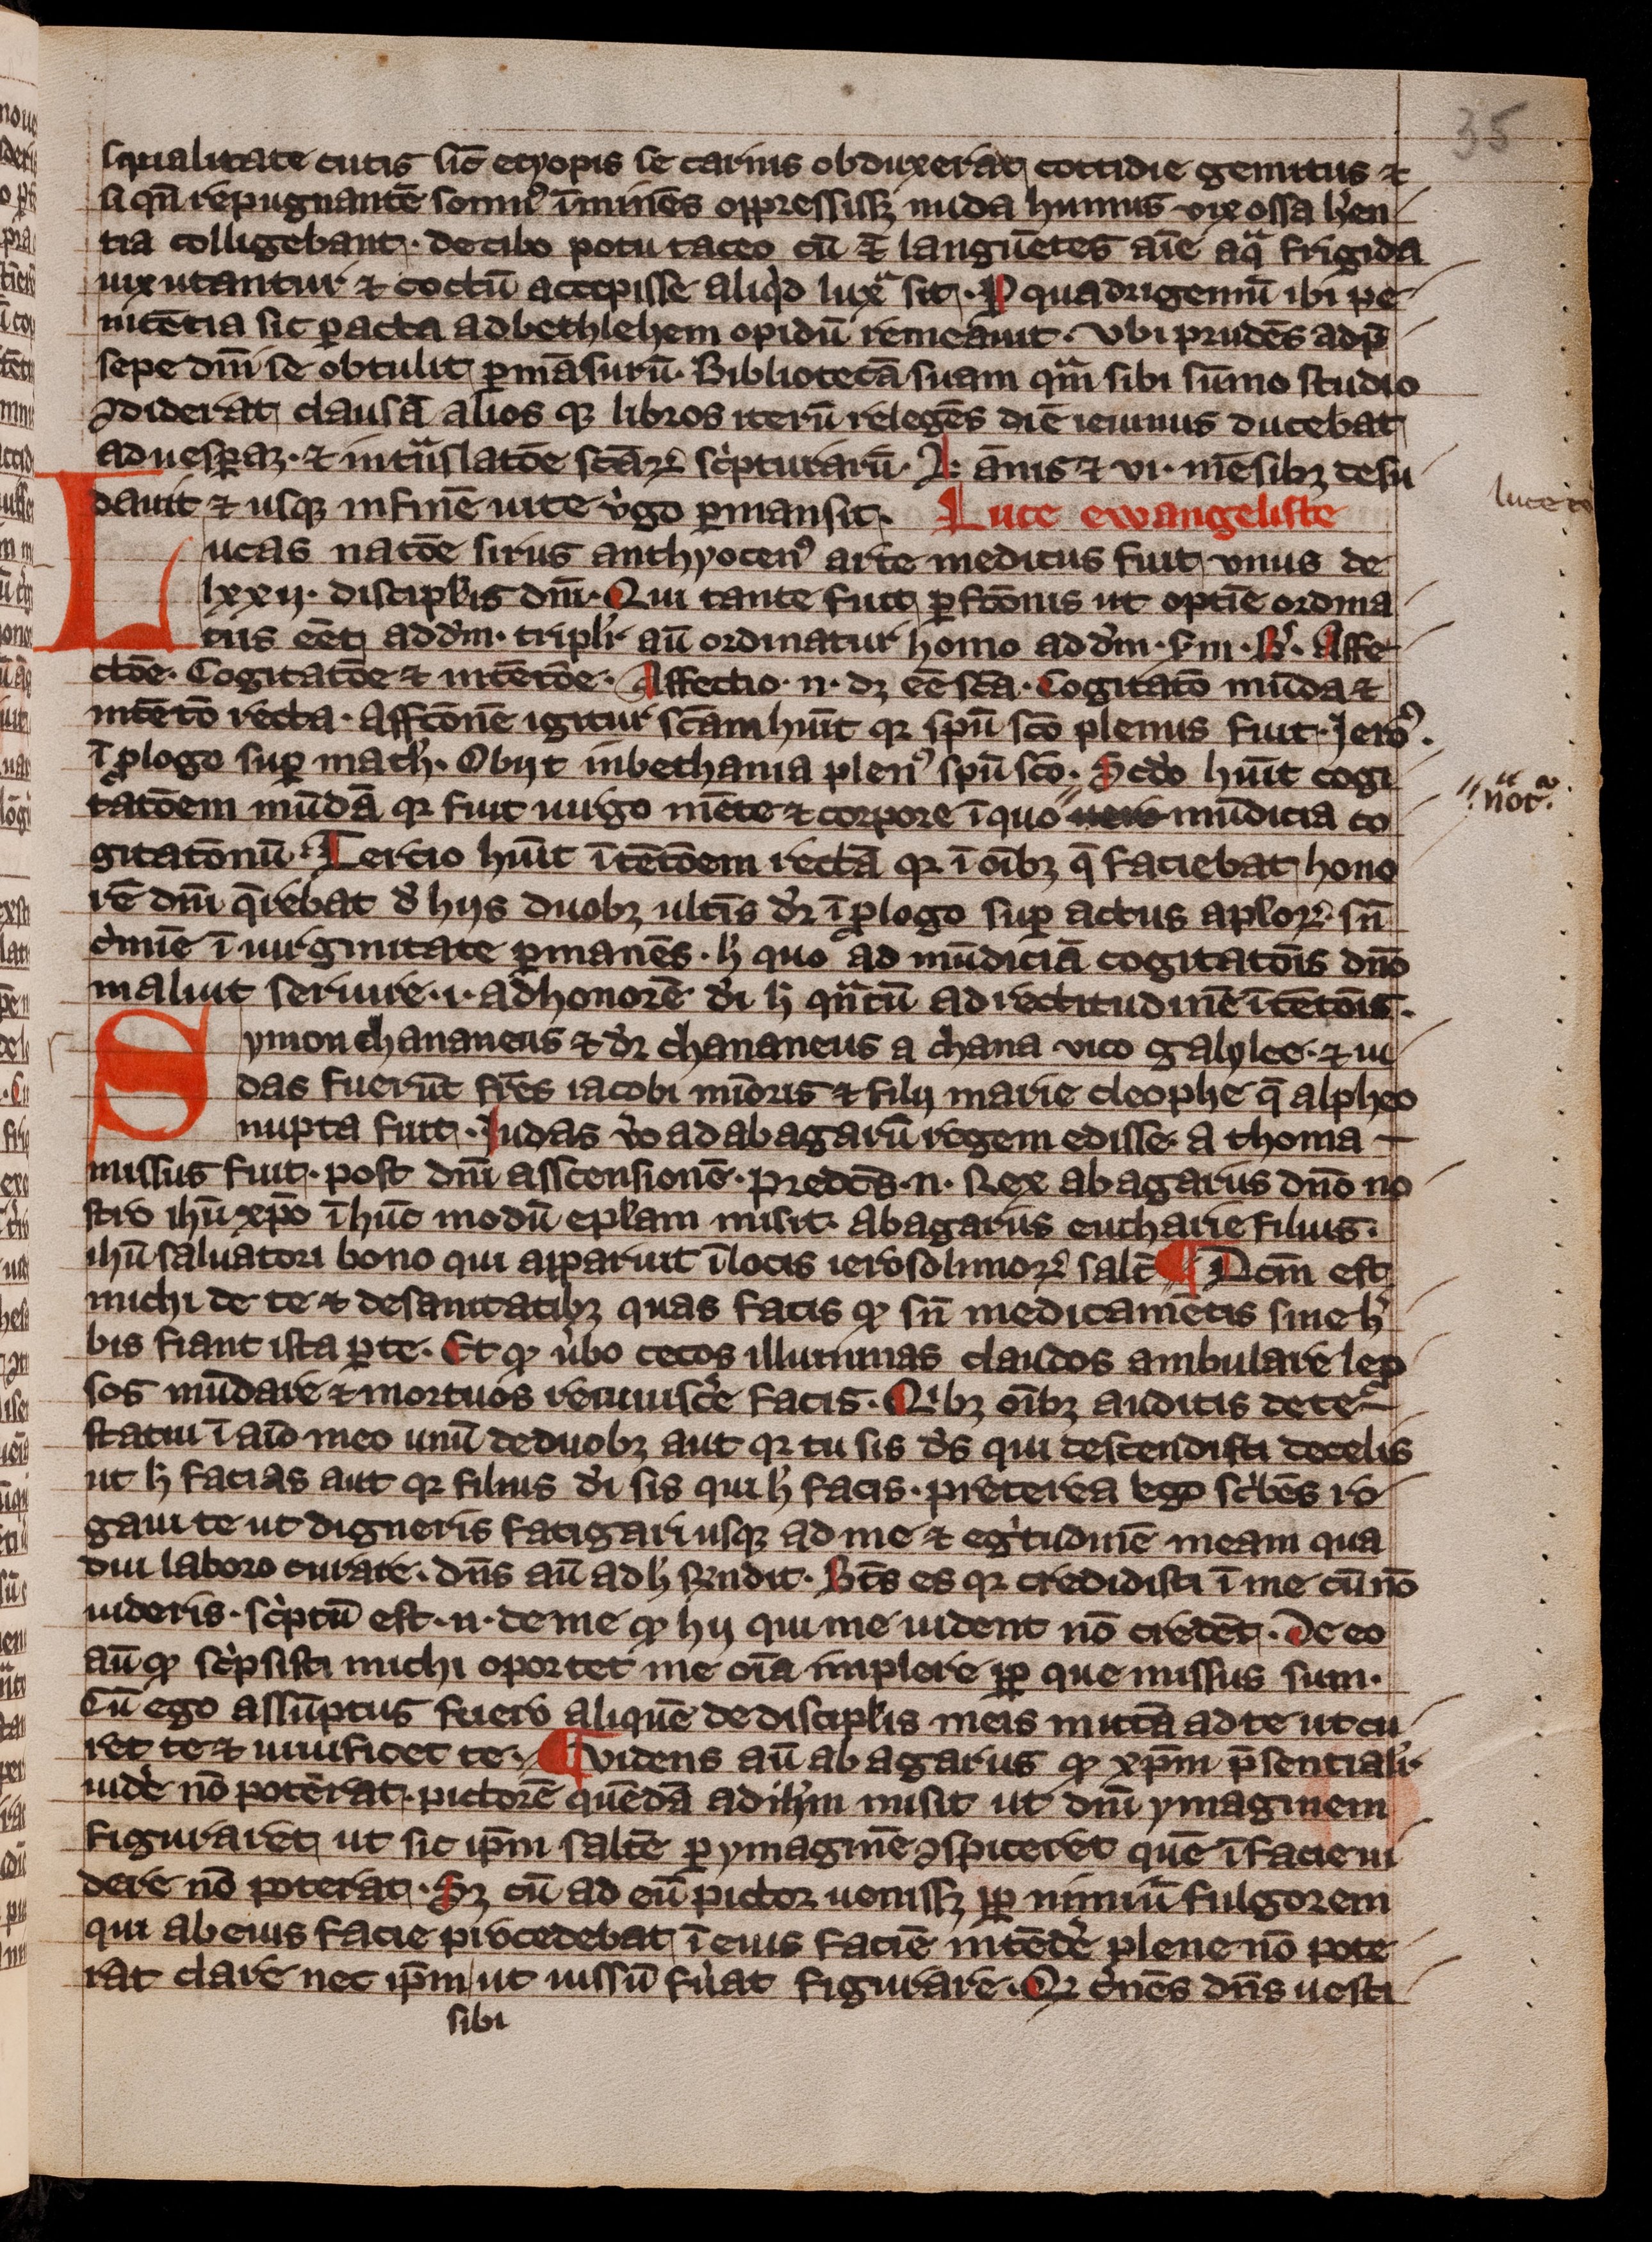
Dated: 1300–1399